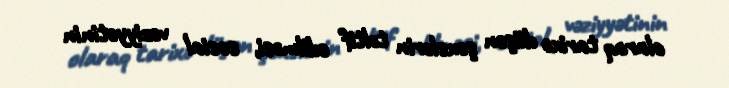
olaraq tarixə düşən şəxslərin təltif edilməsi, sosial vəziyyətinin